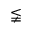
\lneqq